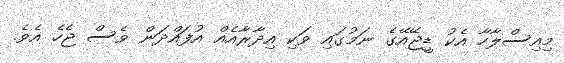
މިއިސްލާހާ އެކު ޑީޖޭއޭގެ ނަމުގައި ވަކި އިދާރާއެއް އުފައްދަން ވެސް ޖެހެ އެވެ.